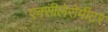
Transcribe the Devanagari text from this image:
एक्सीलेरोमीटर